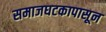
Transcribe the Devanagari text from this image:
समाजघटकापासून